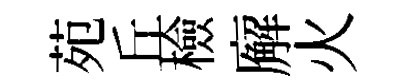
苑丘檢廨火